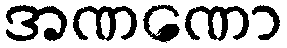
အဏဏော